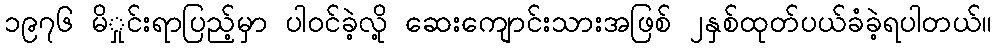
၁၉၇၆ မိှုင်းရာပြည့်မှာ ပါဝင်ခဲ့လို့ ဆေးကျောင်းသားအဖြစ် ၂နှစ်ထုတ်ပယ်ခံခဲ့ရပါတယ်။